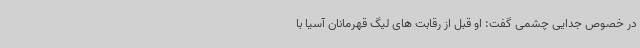
در خصوص جدایی چشمی گفت:‌ او قبل از رقابت های لیگ قهرمانان آسیا با